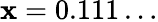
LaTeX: \mathbf{x}=0.111\dots